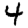
Digit: 4